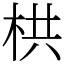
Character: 栱